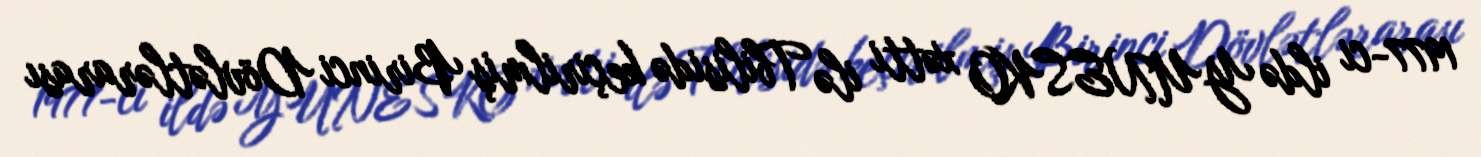
1977-ci ildə YUNESKO xətti ilə Tbilisidə keçirilmiş Birinci Dövlətlərarası